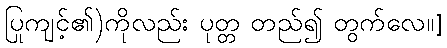
ပြုကျင့်၏)ကိုလည်း ပုတ္တ တည်၍ တွက်လေ။]